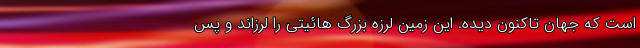
است که جهان تاکنون دیده. این زمین لرزه بزرگ هائیتی را لرزاند و پس